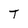
Character: T